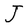
Character: J